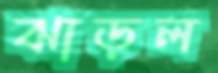
ঝাড়ল